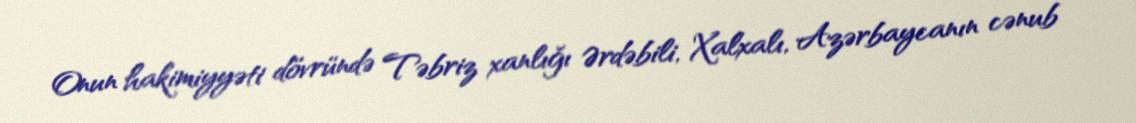
Onun hakimiyyəti dövründə Təbriz xanlığı Ərdəbili, Xalxalı, Azərbaycanın cənub